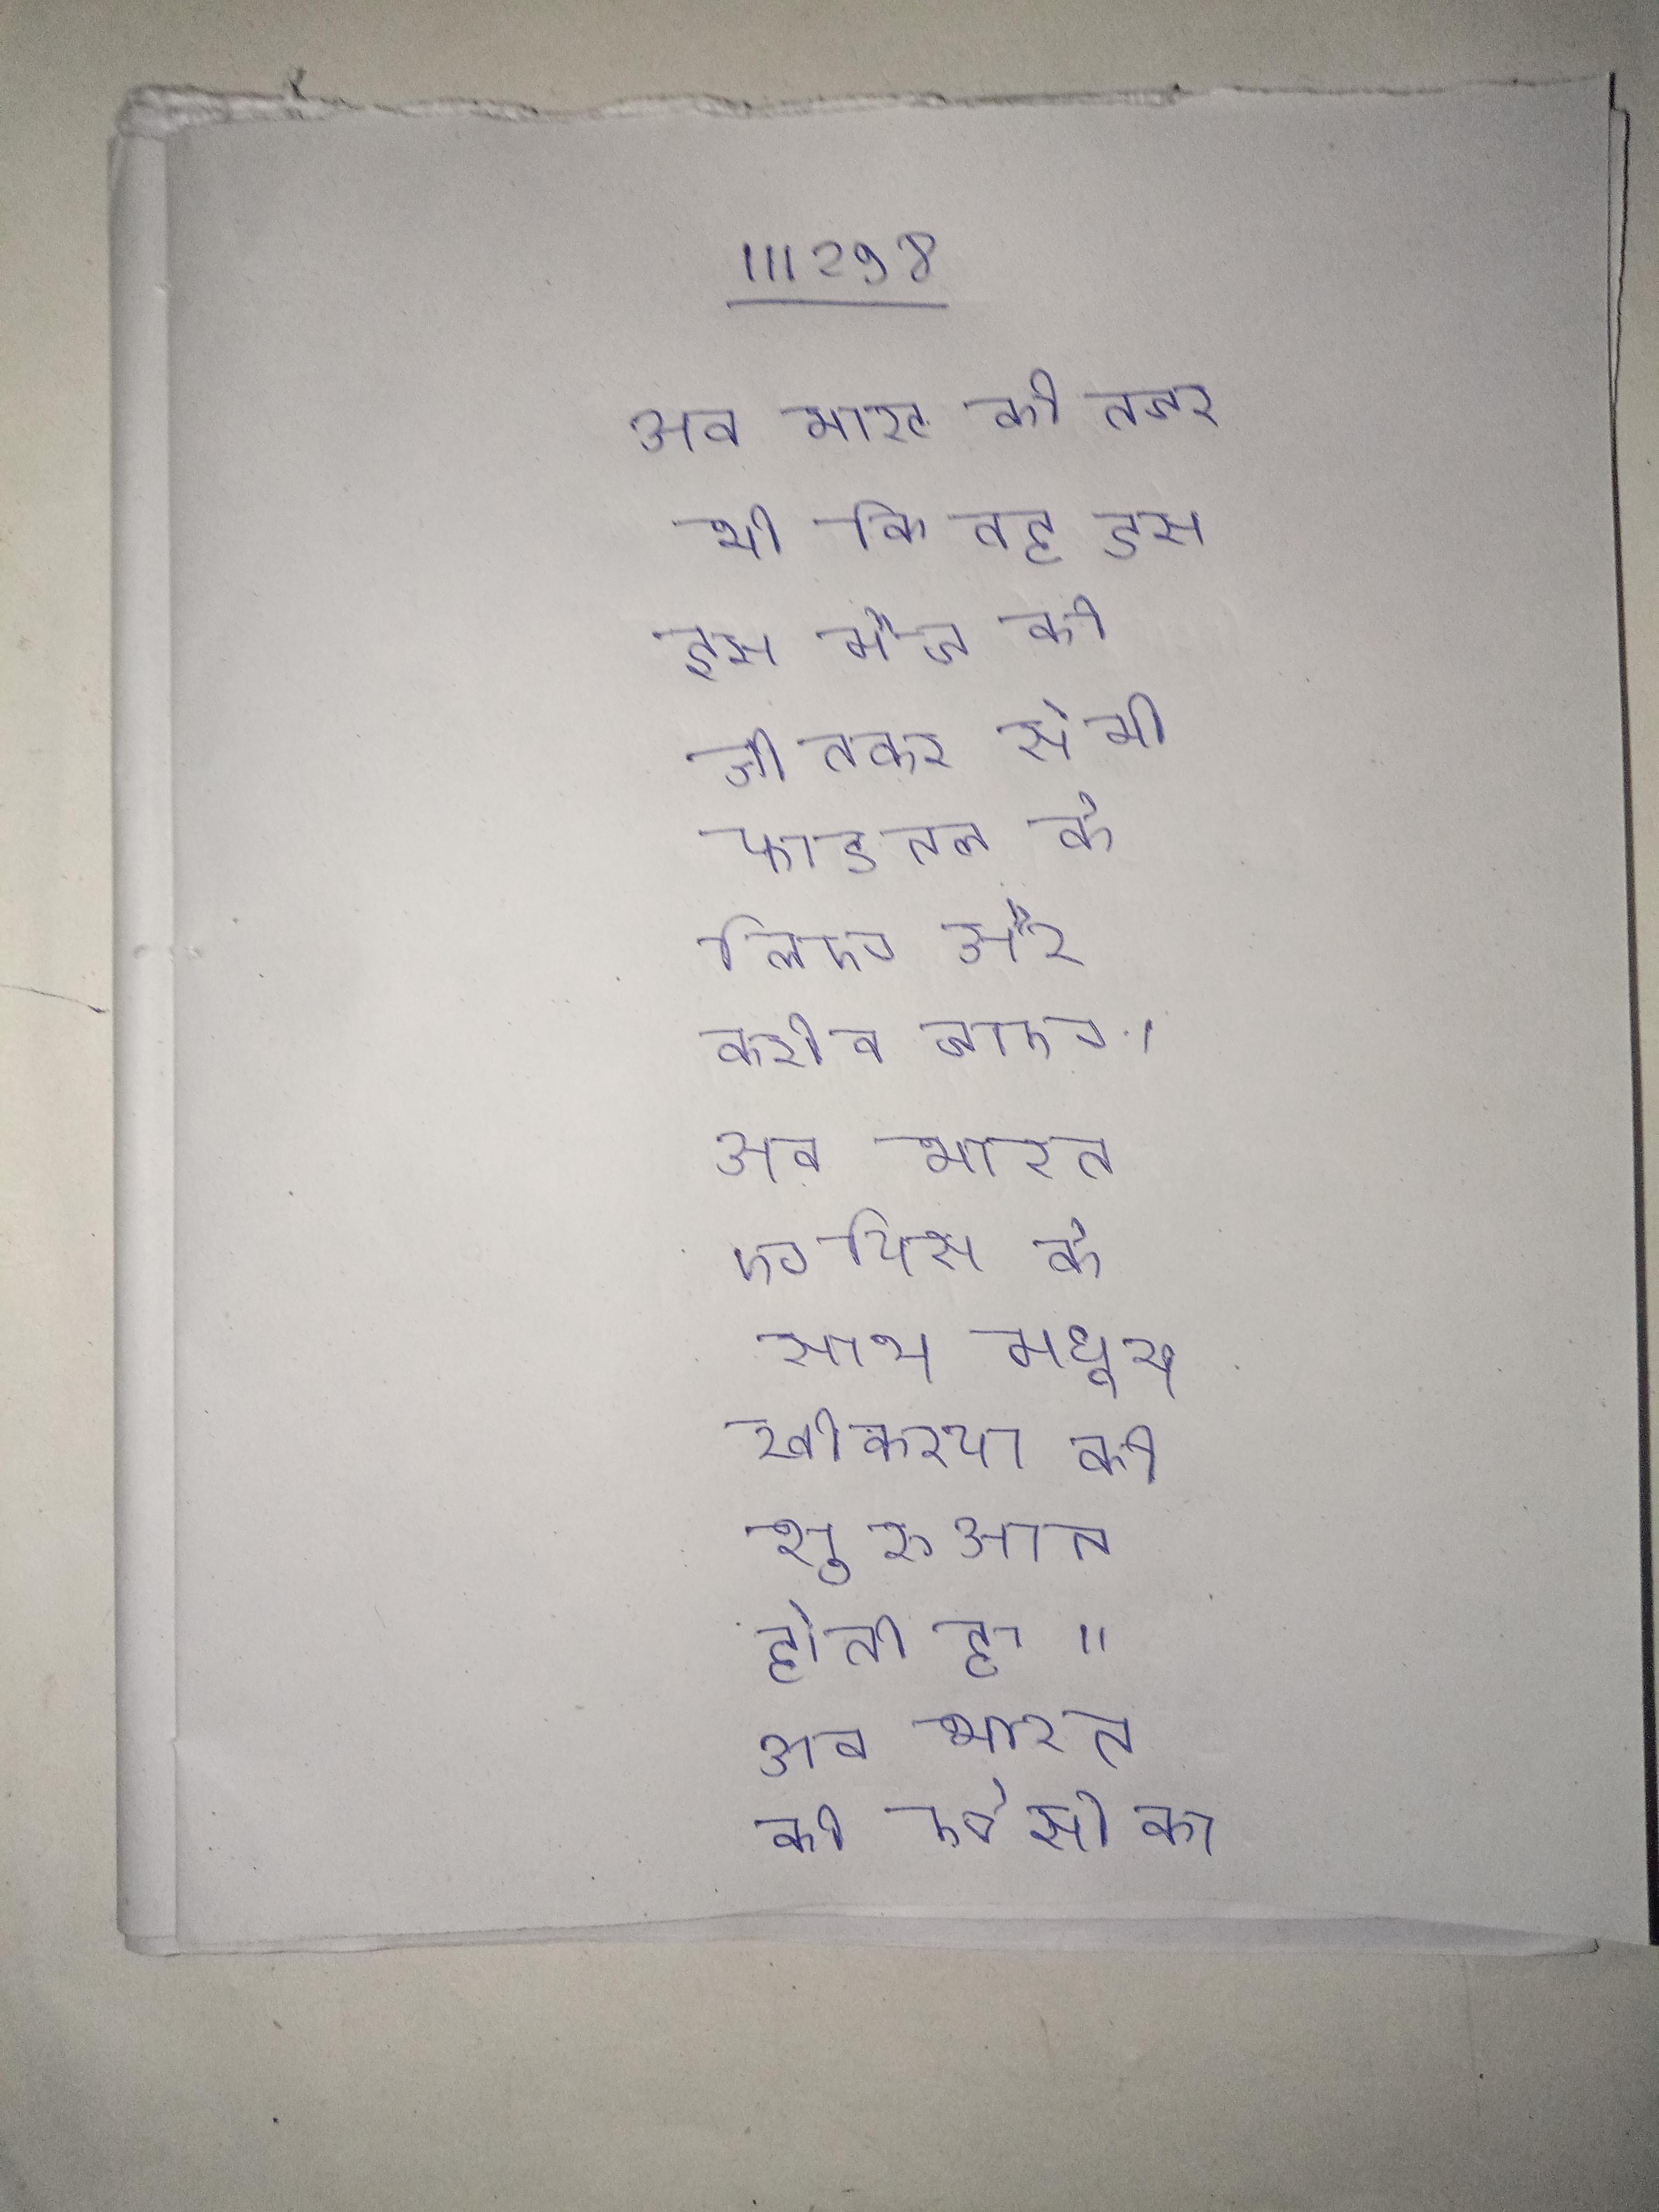
अब भारत की नजर थी कि वह इस मैच को जीतकर सेमीफाइनल के लिए और करीब जाए । अब भारत भी परमाणु है । अब भारत एपिस के साथ मधुमक्खीकरण की शुरुआत होती है । अब भारत की ऐसी का खूब प्रयोग हो रहा है ।